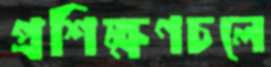
প্রশিক্ষণচলে